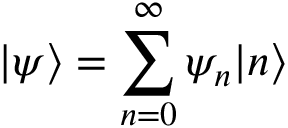
| \psi \rangle = \sum _ { n = 0 } ^ { \infty } \psi _ { n } | n \rangle